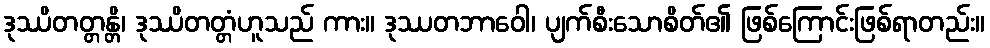
ဒုဿိတတ္တန္တိ၊ ဒုဿိတတ္တံဟူသည် ကား။ ဒုဿတဘာဝေါ၊ ပျက်စီးသောစိတ်၏ ဖြစ်ကြောင်းဖြစ်ရာတည်း။